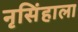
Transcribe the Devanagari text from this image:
नृसिंहाला